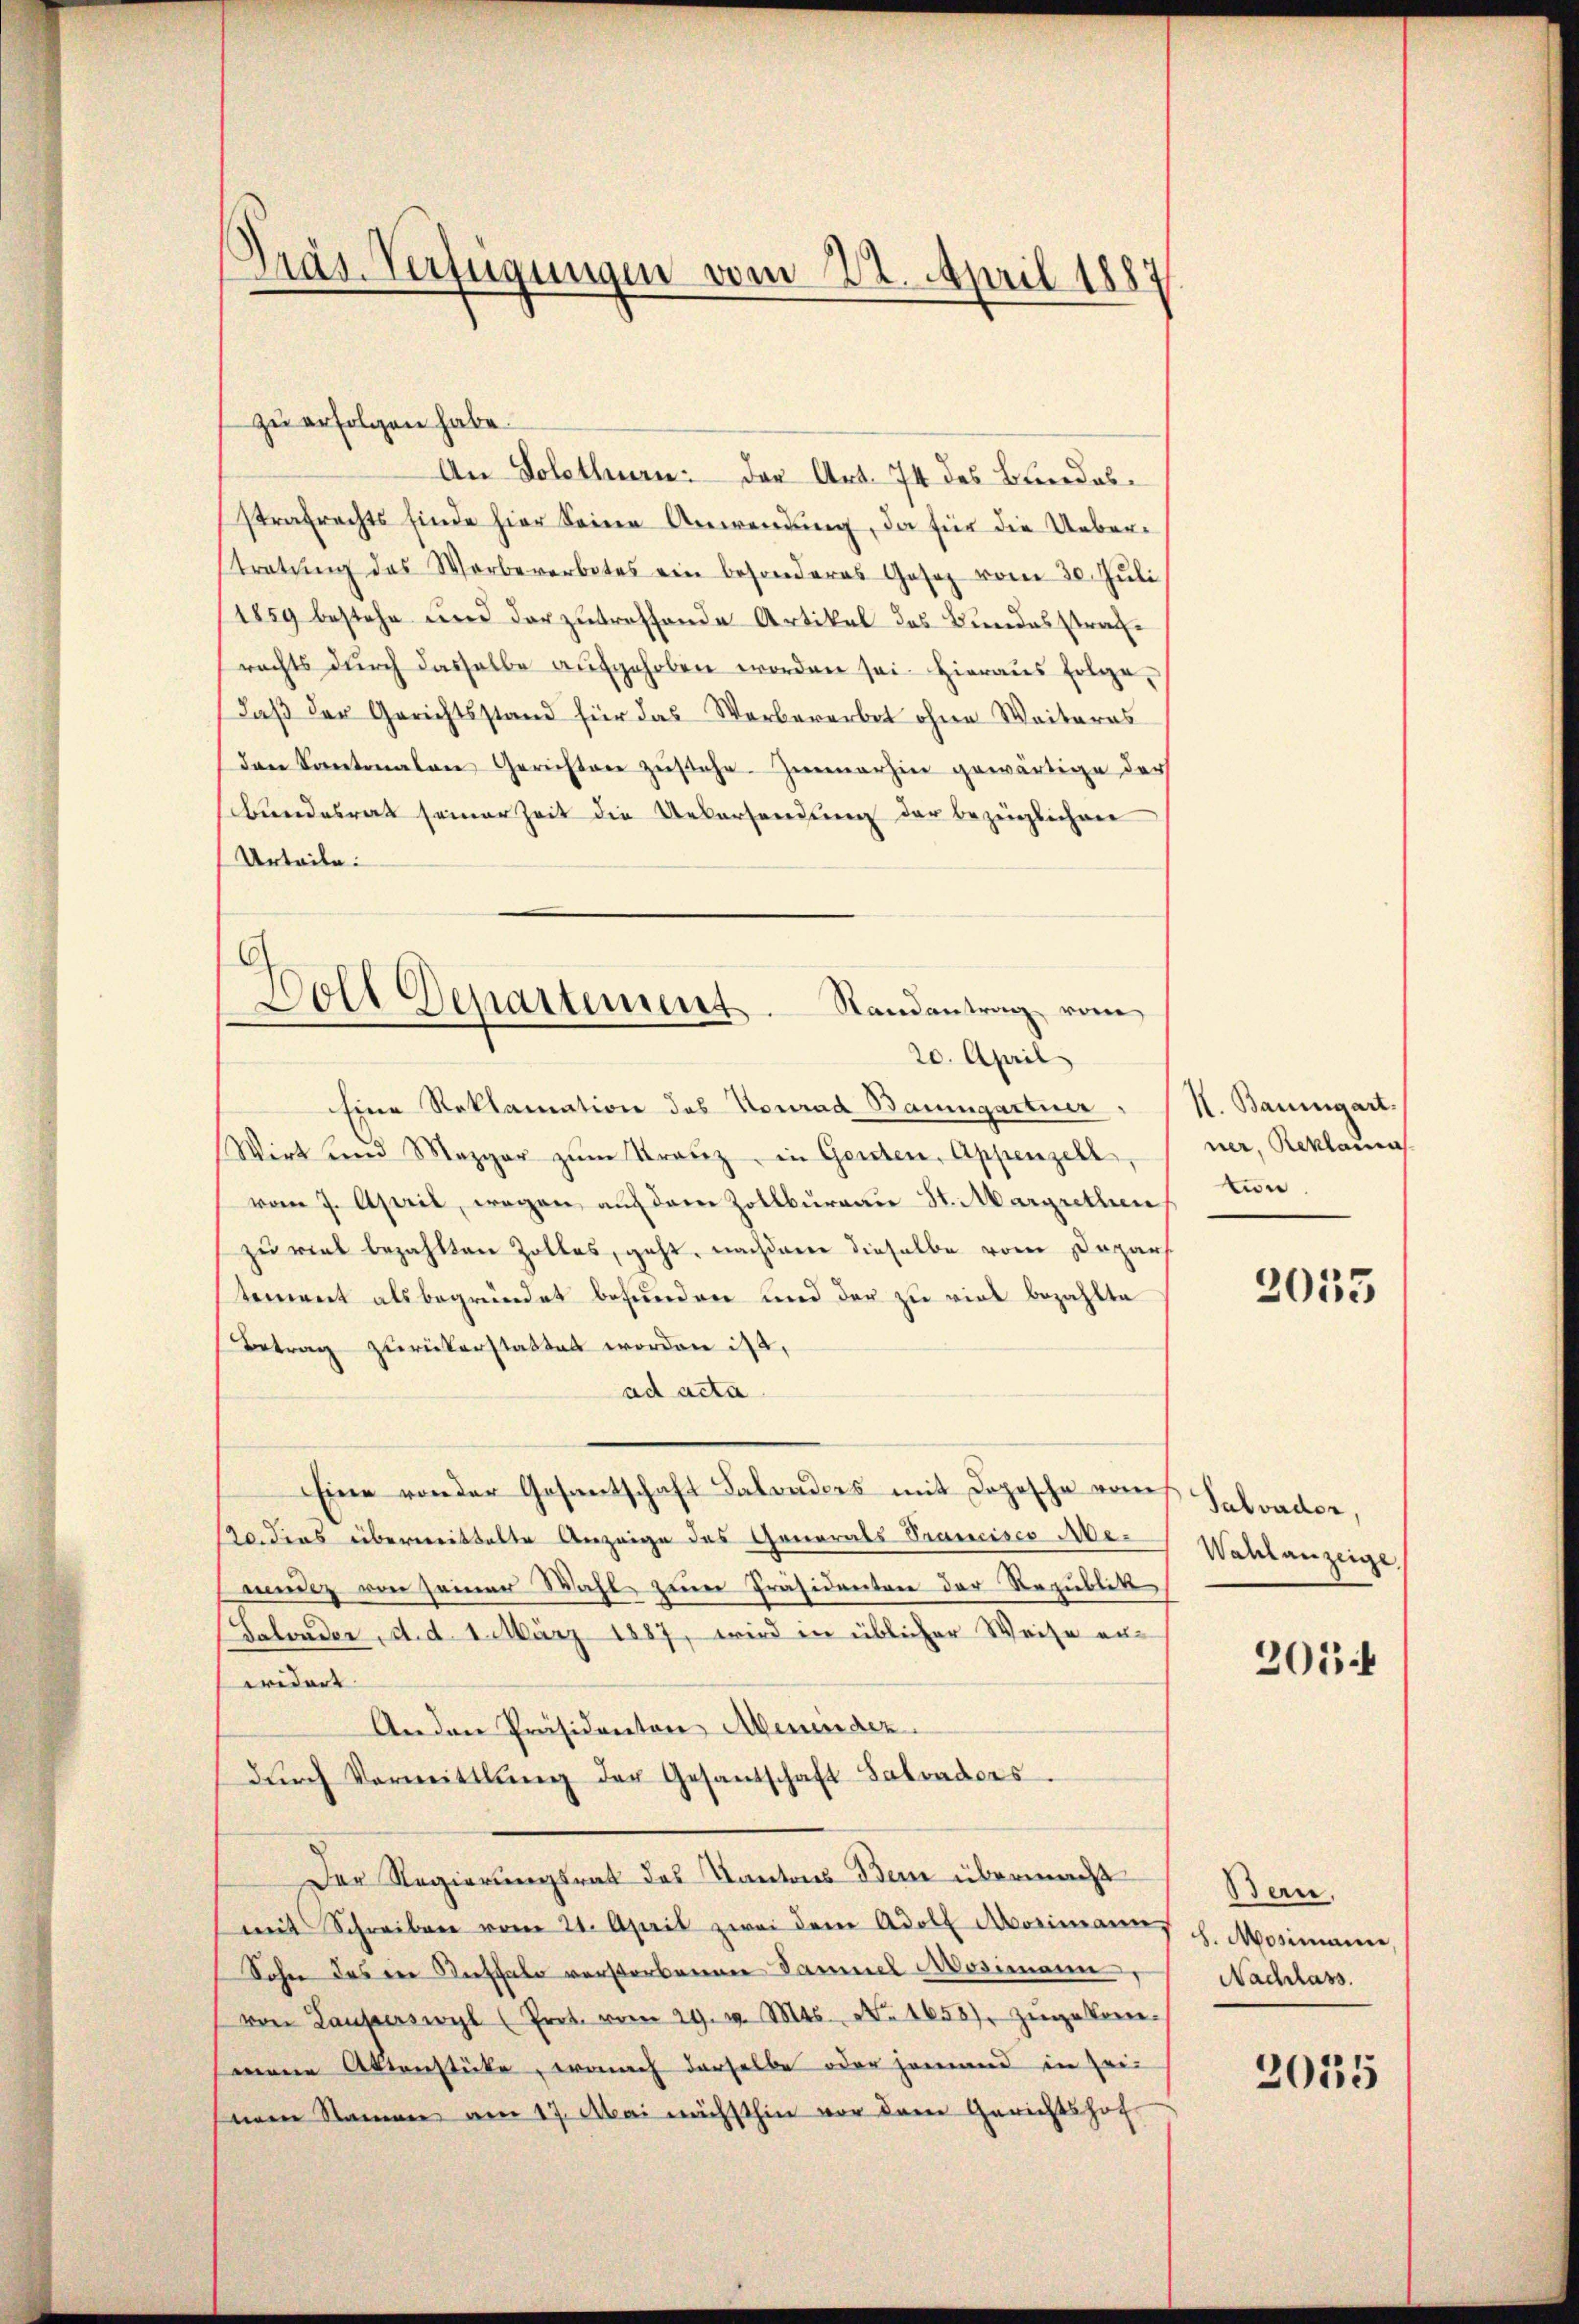
Präs. Verfügungen vom 22. April 1887

G
Doll Departement. Randantrag vom
20. April

zu erfolgen habe.
An Solothurn der Art. 74 des Blindesstrafrechts finde hier seine Anwendŭng, da für die Ueber-
stratŭng des Werbeverbotes ein besonderes Gesetz vom 30. Jŭli
1859 bestehe und darzutreffende Artikel des Bundesstrachrechts durch dasselbe aufgehoben worden sei. Hieraus folgedaβ der Gerichtsstand für das Werbererbet ohne Weiteres
den Kantonalen Gerichter zŭstehe. Zimmerhin gewärtige der
bundesrat seiner Zeit die Uebersendung der bezüglichen
Urteile.
Eine Reklamation des Konrad Baumgartner
Wirkund Mezger zŭm Kranz, in Genten, Appenzell,
vom 7. April, wegen auf dem Zollbureau St. Margrethention,
zu viel bezahlten Zolles, geht, nachdem dieselbe vom Depar
tement als begründet befunden und der zu viel bezahlte
Betrag zurückerstattet worden ist.
ad acta
Eine von der Gesantschaft Saloaders mit Dopische vom
20. dens überweittelte Anzeige des Generals-Trancisco Aemung von seiner Wahl zum Präsidenten der Republik
Salonder, d. d. 1. März 1887, wird in üblicher Weise ereridert
Anden Präsidenton Aemindez.
dŭrch Vermittlung der Gesandschaft Salvaders.
Der Regierungsrat des Kantons dem übermacht
mit Schreiben vom 21. April zwei dem Adolf Mosimanns J. Mosimaner,
Sohn des in Auffalo verstorbenen Samuel Mosimann
von Lauperswyl (Prot. vom 29. v. Mts. No. 1658). Zŭge kon-
mennen Aktenstücke, wonach derselbe oder jemand in Zei
nem Namen am 17. Mai nächsthin vor dem Gerichtshof

II. Baumgart.
ner, Reklamas

2035

Salvader,
Wahlanzeige

205.

Bern.
Nachlass.

2035